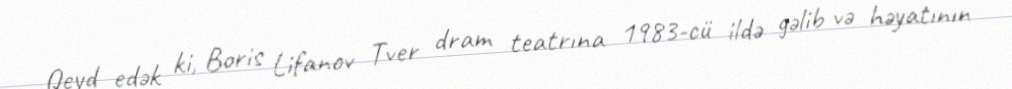
Qeyd edək ki, Boris Lifanov Tver dram teatrına 1983-cü ildə gəlib və həyatının